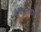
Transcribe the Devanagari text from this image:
युवान्च्वाङ्